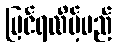
မြင်ရလိမ့်မည်